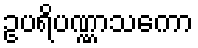
ဥပရိပဏ္ဏာသကော